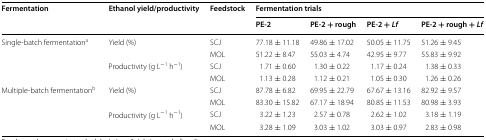
<table><thead><tr><td rowspan="2"><b>Fermentation</b></td><td rowspan="2"><b>Ethanol yield/productivity</b></td><td rowspan="2"><b>Feedstock</b></td><td colspan="4"><b>Fermentation trials</b></td></tr><tr><td><b>PE-2</b></td><td><b>PE-2 + rough</b></td><td><b>PE-2 + <i>Lf</i></b></td><td><b>PE-2 + rough + <i>Lf</i></b></td></tr></thead><tbody><tr><td rowspan="4">Single-batch fermentation<sup>a</sup></td><td rowspan="2">Yield (%)</td><td>SCJ</td><td>77.18 ± 11.18</td><td>49.86 ± 17.02</td><td>50.05 ± 11.75</td><td>51.26 ± 9.45</td></tr><tr><td>MOL</td><td>51.22 ± 8.47</td><td>55.03 ± 4.74</td><td>42.95 ± 9.77</td><td>55.83 ± 9.92</td></tr><tr><td rowspan="2">Productivity (g L<sup>−1</sup> h<sup>−1</sup>)</td><td>SCJ</td><td>1.71 ± 0.60</td><td>1.30 ± 0.22</td><td>1.17 ± 0.24</td><td>1.38 ± 0.33</td></tr><tr><td>MOL</td><td>1.13 ± 0.28</td><td>1.12 ± 0.21</td><td>1.05 ± 0.30</td><td>1.26 ± 0.26</td></tr><tr><td rowspan="4">Multiple-batch fermentation<sup>b</sup></td><td rowspan="2">Yield (%)</td><td>SCJ</td><td>87.78 ± 6.82</td><td>69.95 ± 22.79</td><td>67.67 ± 13.16</td><td>82.92 ± 9.57</td></tr><tr><td>MOL</td><td>83.30 ± 15.82</td><td>67.17 ± 18.94</td><td>80.85 ± 11.53</td><td>80.98 ± 3.93</td></tr><tr><td rowspan="2">Productivity (g L<sup>−1</sup> h<sup>−1</sup>)</td><td>SCJ</td><td>3.22 ± 1.23</td><td>2.57 ± 0.78</td><td>2.62 ± 1.02</td><td>3.18 ± 1.19</td></tr><tr><td>MOL</td><td>3.28 ± 1.09</td><td>3.03 ± 1.02</td><td>3.03 ± 0.97</td><td>2.83 ± 0.98</td></tr></tbody></table>